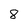
Character: 8